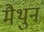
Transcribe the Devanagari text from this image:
मैथुनं